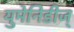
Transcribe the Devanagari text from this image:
युमेनिडीज्‌